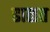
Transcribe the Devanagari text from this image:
ढाळत